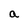
Character: a